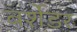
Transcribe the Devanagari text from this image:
बर्शेडर